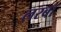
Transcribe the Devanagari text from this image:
लरबॉ